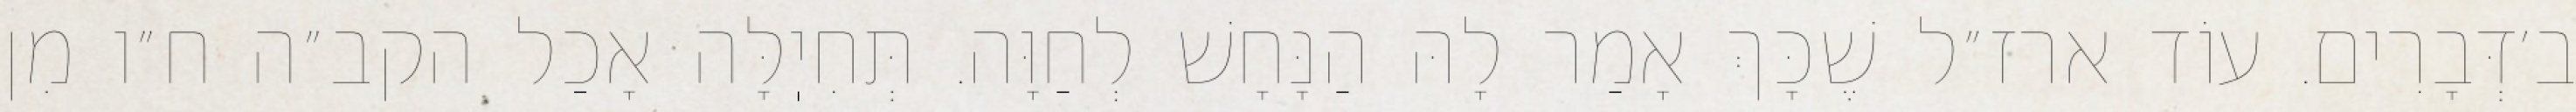
ב׳דְּבָרִים. עוֹד ארז״ל שֶׁכָּךְ אָמַר לָהּ הַנָּחָשׁ לְחַוָּה. תְּחִיֽלָּה אָכַל הקב״ה ח״ו מִן